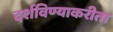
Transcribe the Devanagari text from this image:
दर्शविण्याकरीता